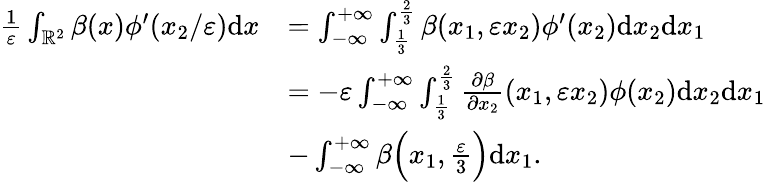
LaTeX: \begin{array}{rl}{\frac{1}{\varepsilon}\int_{\mathbb{R}^{2}}\beta(x)\phi^{\prime}(x_{2}/\varepsilon)\textrm{d}x}&{=\int_{-\infty}^{+\infty}\int_{\frac{1}{3}}^{\frac{2}{3}}\beta(x_{1},\varepsilon x_{2})\phi^{\prime}(x_{2})\textrm{d}x_{2}\textrm{d}x_{1}}\\ &{=-\varepsilon\int_{-\infty}^{+\infty}\int_{\frac{1}{3}}^{\frac{2}{3}}\frac{\partial\beta}{\partial x_{2}}(x_{1},\varepsilon x_{2})\phi(x_{2})\textrm{d}x_{2}\textrm{d}x_{1}}\\ &{-\int_{-\infty}^{+\infty}\beta\Big(x_{1},\frac{\varepsilon}{3}\Big)\textrm{d}x_{1}.}\end{array}